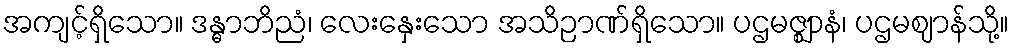
အကျင့်ရှိသော။ ဒန္ဓာဘိညံ၊ လေးနှေးသော အသိဉာဏ်ရှိသော။ ပဌမဇ္ဈာနံ၊ ပဌမဈာန်သို့။